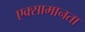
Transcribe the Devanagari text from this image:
एक्सामानता